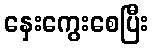
နှေးကွေးစေပြီး